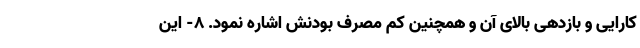
کارایی و بازدهی بالای آن و همچنین کم مصرف بودنش اشاره نمود. 8- این